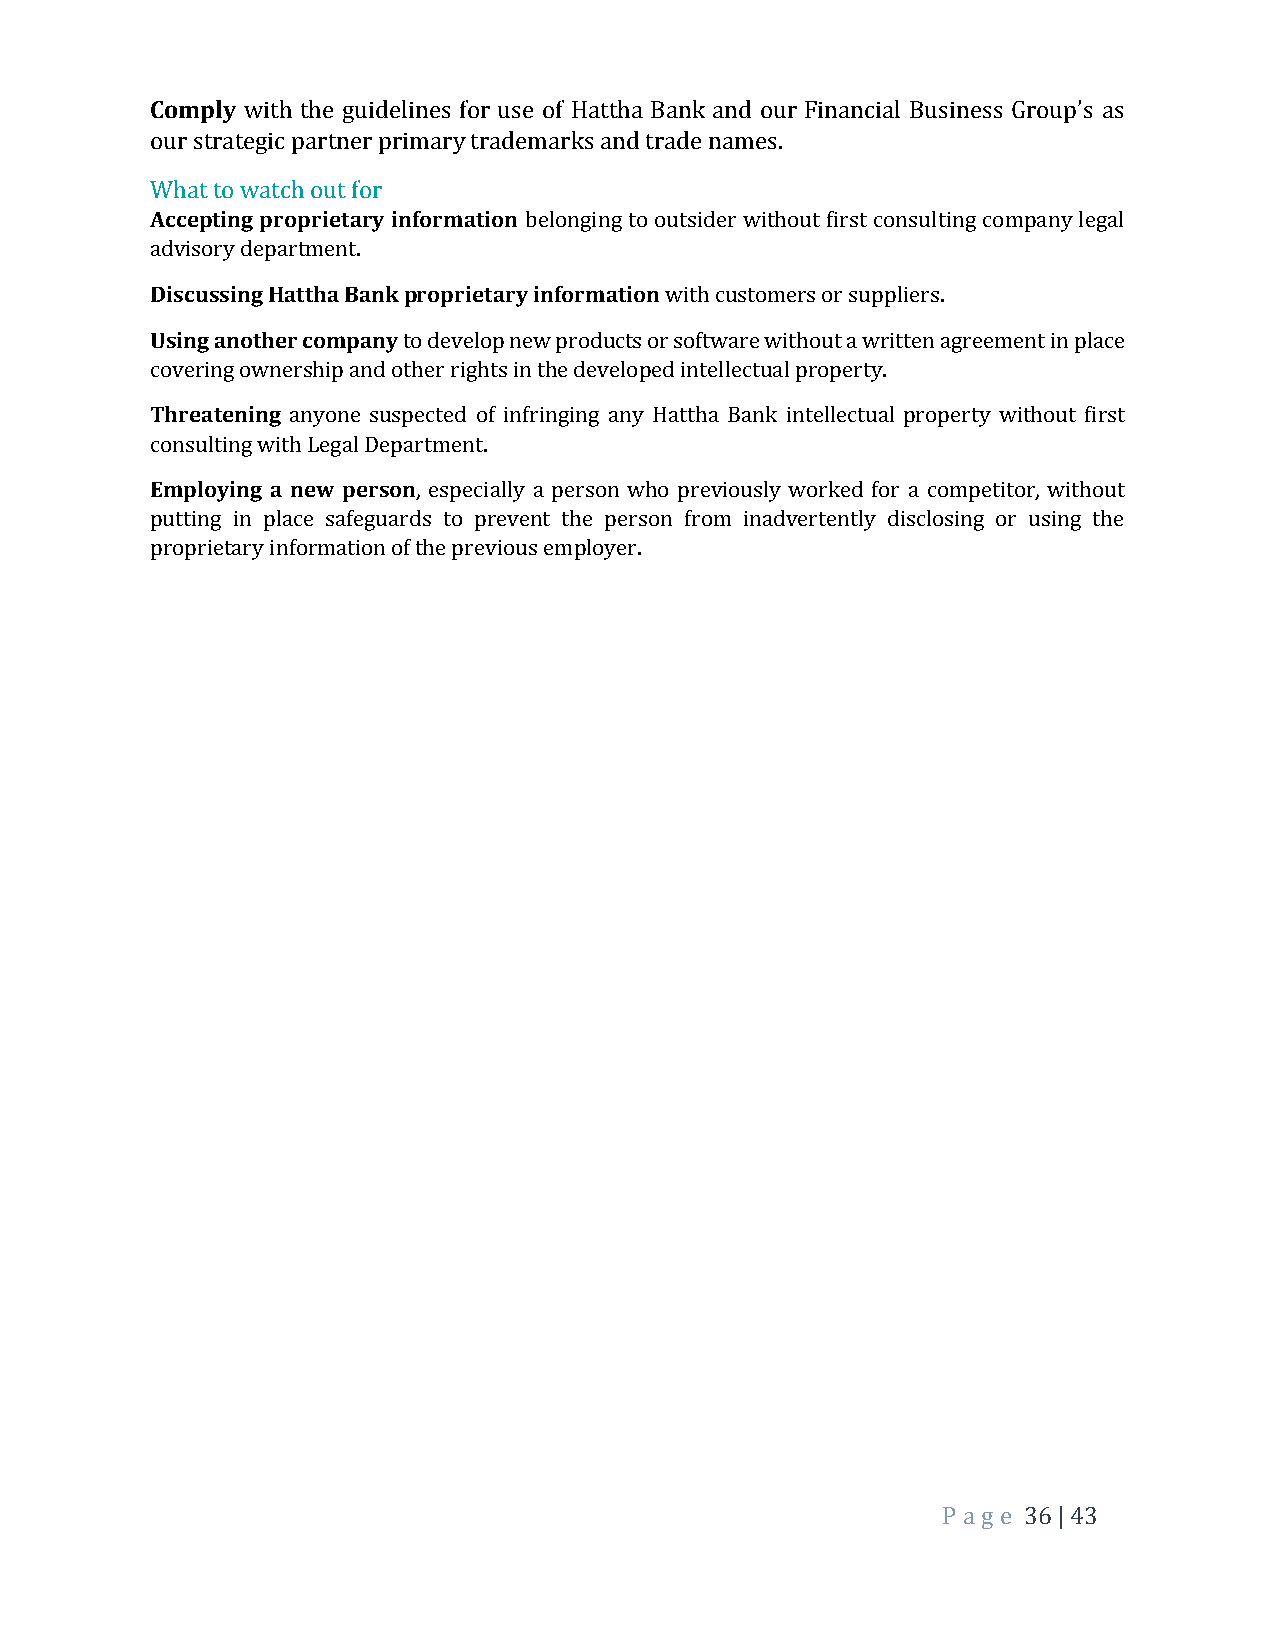
Comply with the guidelines for use of Hattha Bank and our Financial Business Group’s as
 our strategic partner primary trademarks and trade names.
 What to watch out for
 Accepting proprietary information belonging to outsider without first consulting company legal
 advisory department.
 Discussing Hattha Bank proprietary information with customers or suppliers.
 Using another company to develop new products or software without a written agreement in place
 covering ownership and other rights in the developed intellectual property.
 Threatening anyone suspected of infringing any Hattha Bank intellectual property without first
 consulting with Legal Department.
 Employing a new person, especially a person who previously worked for a competitor, without
 putting in place safeguards to prevent the person from inadvertently disclosing or using the
 proprietary information of the previous employer.
 P a ge 36 | 43